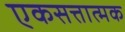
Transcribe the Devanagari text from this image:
एकसत्तात्मक